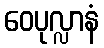
ဝေပုလ္လာနံ